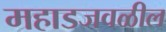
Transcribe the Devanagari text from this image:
महाडजवळील